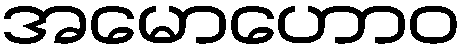
အမောဟောဝ